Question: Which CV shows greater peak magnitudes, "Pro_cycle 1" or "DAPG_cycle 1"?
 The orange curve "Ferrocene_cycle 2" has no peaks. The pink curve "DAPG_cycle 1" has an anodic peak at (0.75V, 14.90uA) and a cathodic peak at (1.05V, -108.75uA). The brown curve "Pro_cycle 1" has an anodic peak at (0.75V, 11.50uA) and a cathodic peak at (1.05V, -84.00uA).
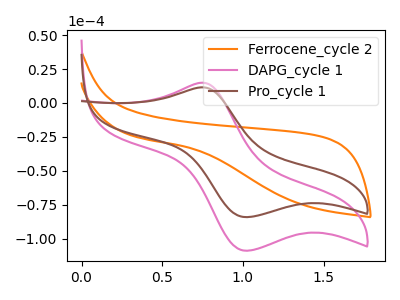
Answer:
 <answer>Every peak in "Pro_cycle 1" is lower than every peak in "DAPG_cycle 1".</answer>
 <eval>lower</eval>